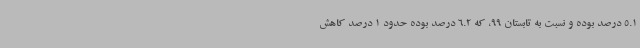
5.1 درصد بوده و نسبت به تابستان 99، که 6.2 درصد بوده حدود 1 درصد کاهش